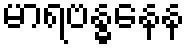
မာရဗန္ဓနေန